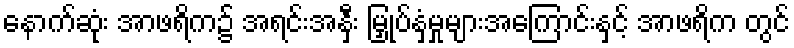
နောက်ဆုံး အာဖရိက၌ အရင်းအနှီး မြှုပ်နှံမှုများအကြောင်းနှင့် အာဖရိက တွင်